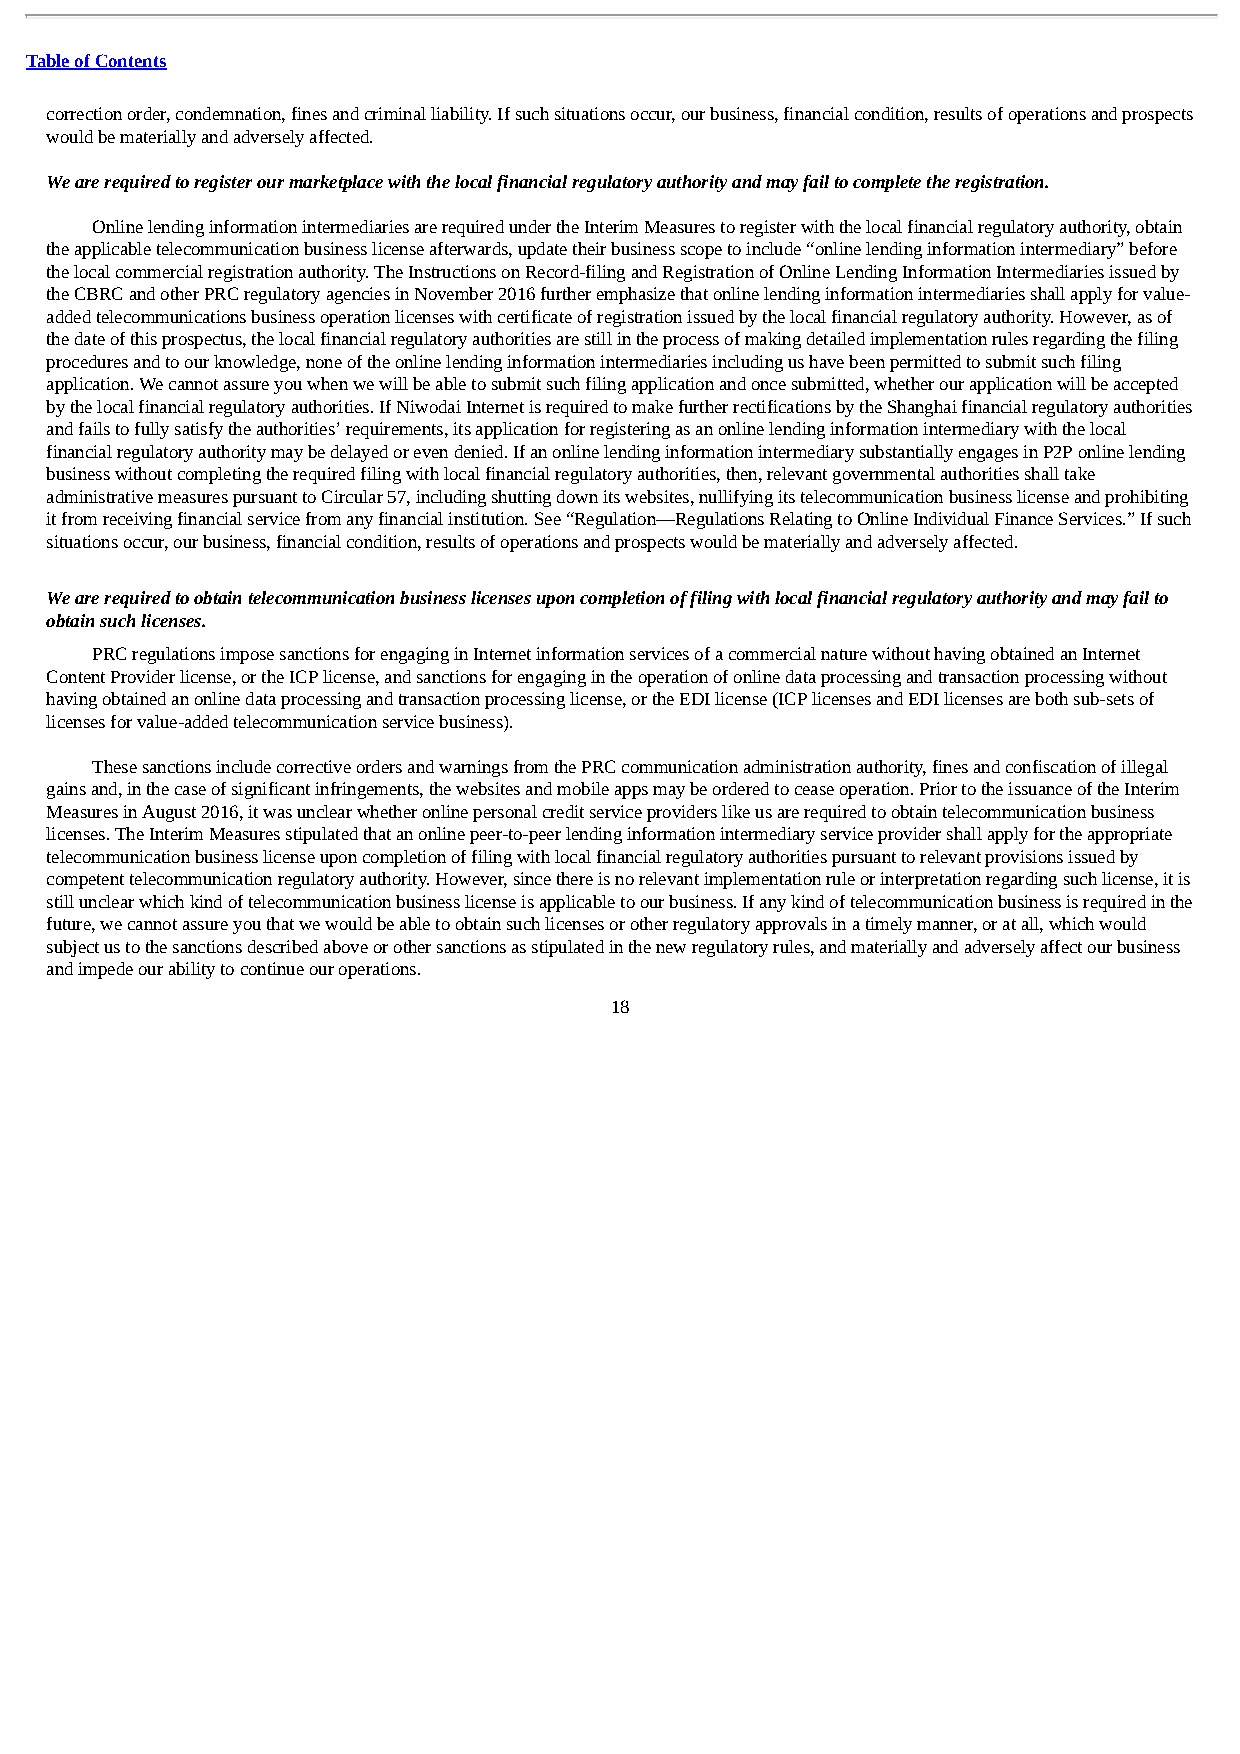
Table of Contents
 correction order, condemnation, fines and criminal liability. If such situations occur, our business, financial condition, results of operations and prospects
 would be materially and adversely affected.
 We are required to register our marketplace with the local financial regulatory authority and may fail to complete the registration.
 Online lending information intermediaries are required under the Interim Measures to register with the local financial regulatory authority, obtain
 the applicable telecommunication business license afterwards, update their business scope to include “online lending information intermediary” before
 the local commercial registration authority. The Instructions on Record-filing and Registration of Online Lending Information Intermediaries issued by
 the CBRC and other PRC regulatory agencies in November 2016 further emphasize that online lending information intermediaries shall apply for value-
 added telecommunications business operation licenses with certificate of registration issued by the local financial regulatory authority. However, as of
 the date of this prospectus, the local financial regulatory authorities are still in the process of making detailed implementation rules regarding the filing
 procedures and to our knowledge, none of the online lending information intermediaries including us have been permitted to submit such filing
 application. We cannot assure you when we will be able to submit such filing application and once submitted, whether our application will be accepted
 by the local financial regulatory authorities. If Niwodai Internet is required to make further rectifications by the Shanghai financial regulatory authorities
 and fails to fully satisfy the authorities’ requirements, its application for registering as an online lending information intermediary with the local
 financial regulatory authority may be delayed or even denied. If an online lending information intermediary substantially engages in P2P online lending
 business without completing the required filing with local financial regulatory authorities, then, relevant governmental authorities shall take
 administrative measures pursuant to Circular 57, including shutting down its websites, nullifying its telecommunication business license and prohibiting
 it from receiving financial service from any financial institution. See “Regulation—Regulations Relating to Online Individual Finance Services.” If such
 situations occur, our business, financial condition, results of operations and prospects would be materially and adversely affected.
 We are required to obtain telecommunication business licenses upon completion of filing with local financial regulatory authority and may fail to
 obtain such licenses.
 PRC regulations impose sanctions for engaging in Internet information services of a commercial nature without having obtained an Internet
 Content Provider license, or the ICP license, and sanctions for engaging in the operation of online data processing and transaction processing without
 having obtained an online data processing and transaction processing license, or the EDI license (ICP licenses and EDI licenses are both sub-sets of
 licenses for value-added telecommunication service business).
 These sanctions include corrective orders and warnings from the PRC communication administration authority, fines and confiscation of illegal
 gains and, in the case of significant infringements, the websites and mobile apps may be ordered to cease operation. Prior to the issuance of the Interim
 Measures in August 2016, it was unclear whether online personal credit service providers like us are required to obtain telecommunication business
 licenses. The Interim Measures stipulated that an online peer-to-peer lending information intermediary service provider shall apply for the appropriate
 telecommunication business license upon completion of filing with local financial regulatory authorities pursuant to relevant provisions issued by
 competent telecommunication regulatory authority. However, since there is no relevant implementation rule or interpretation regarding such license, it is
 still unclear which kind of telecommunication business license is applicable to our business. If any kind of telecommunication business is required in the
 future, we cannot assure you that we would be able to obtain such licenses or other regulatory approvals in a timely manner, or at all, which would
 subject us to the sanctions described above or other sanctions as stipulated in the new regulatory rules, and materially and adversely affect our business
 and impede our ability to continue our operations.
 18